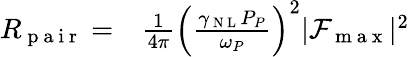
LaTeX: \begin{array}{rl}{R_{\mathrm{~p~a~i~r~}}=}&{{}\frac{1}{4\pi}\left(\frac{\gamma_{\mathrm{~N~L~}}P_{P}}{\omega_{P}}\right)^{2}|\mathcal{F}_{\mathrm{~m~a~x~}}|^{2}}\end{array}